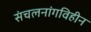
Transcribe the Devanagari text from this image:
संचलनांगविहीन